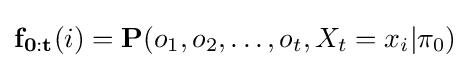
\mathbf {f_{0:t}} (i)=\mathbf {P} (o_{1},o_{2},\dots ,o_{t},X_{t}=x_{i}|\mathbf {\pi } _{0})